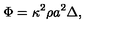
\Phi = \kappa ^ { 2 } \rho a ^ { 2 } \Delta ,